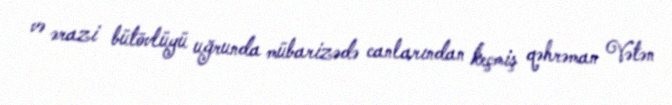
və ərazi bütövlüyü uğrunda mübarizədə canlarından keçmiş qəhrəman Vətən